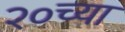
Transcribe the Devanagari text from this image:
२०च्या